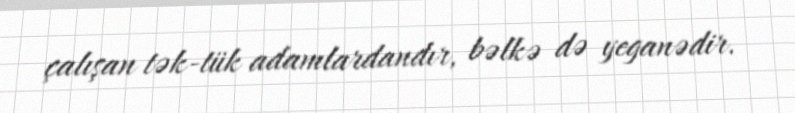
çalışan tək-tük adamlardandır, bəlkə də yeganədir.